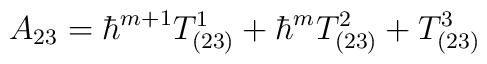
A_{23} = \hbar^{m+1} T^1_{(23)} + \hbar^m T^2_{(23)} + T^3_{(23)}